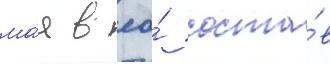
ма́я в ео́ соста́в